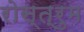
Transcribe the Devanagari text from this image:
रोस्त्रुम